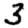
Digit: 3